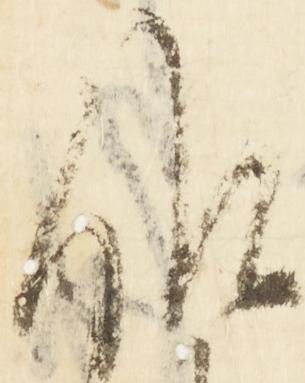
候